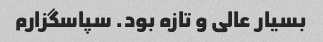
بسیار عالی و تازه بود. سپاسگزارم